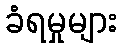
ခံရမှုများ